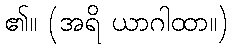
၏။ (အရိ ယာဂါထာ။)